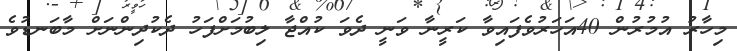
މިހާރު އުމުރުން 40އަހަރުވެފައިވާ ކަރީނާ ވަނީ ދެވަަ ކުއްޖާ ލިބުމަށްފަހު ދެކުދިންނަށް މާބަނޑުވެ